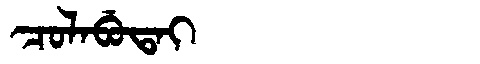
Manchu: ᠴᠣᠯᠠᠪᡠᡨᠠᡳ
Romanization: COLABUTAI